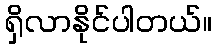
ရှိလာနိုင်ပါတယ်။